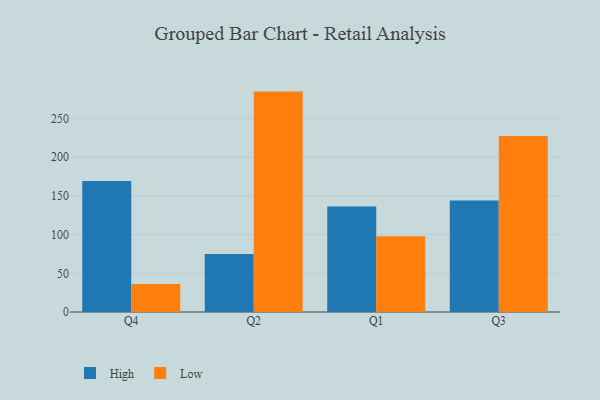
{"axis": {"x": "Quarter", "y": "Waste Production (Tons)"}, "legend": ["High", "Low"], "data": [{"x": "Q4", "y": 169.4, "type": "High"}, {"x": "Q4", "y": 36.3, "type": "Low"}, {"x": "Q2", "y": 74.9, "type": "High"}, {"x": "Q2", "y": 284.9, "type": "Low"}, {"x": "Q1", "y": 136.5, "type": "High"}, {"x": "Q1", "y": 97.8, "type": "Low"}, {"x": "Q3", "y": 144.0, "type": "High"}, {"x": "Q3", "y": 227.4, "type": "Low"}]}